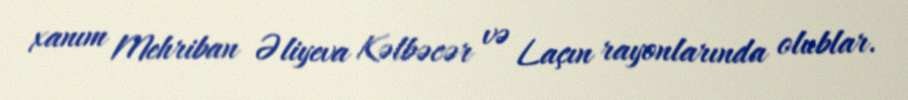
xanım Mehriban Əliyeva Kəlbəcər və Laçın rayonlarında olublar.